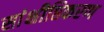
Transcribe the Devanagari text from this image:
सांक्षीप्तिकरण